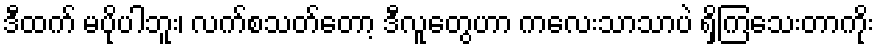
ဒီထက် မပိုပါဘူး၊ လက်စသတ်တော့ ဒီလူတွေဟာ ကလေးသာသာပဲ ရှိကြသေးတာကိုး